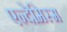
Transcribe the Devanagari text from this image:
एन्देमिस्म